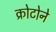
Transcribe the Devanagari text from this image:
क्रोटोने